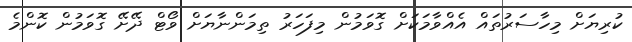
ކުރިޔަށް މިހާސަރުތައް އެއްވާމަކަށް ގޮވަމުން މިފަހަރު ތިމަންނާޔަށް ވޯޓް ދޭށޭ ގޮވަމުން ކޮންމެ